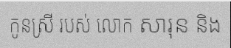
កូនស្រី របស់ លោក សារុន និង